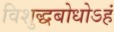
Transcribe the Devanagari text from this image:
विशुद्धबोधोऽहं